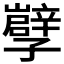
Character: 𡦯